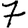
Digit: 7